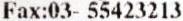
FAX:03- 55423213